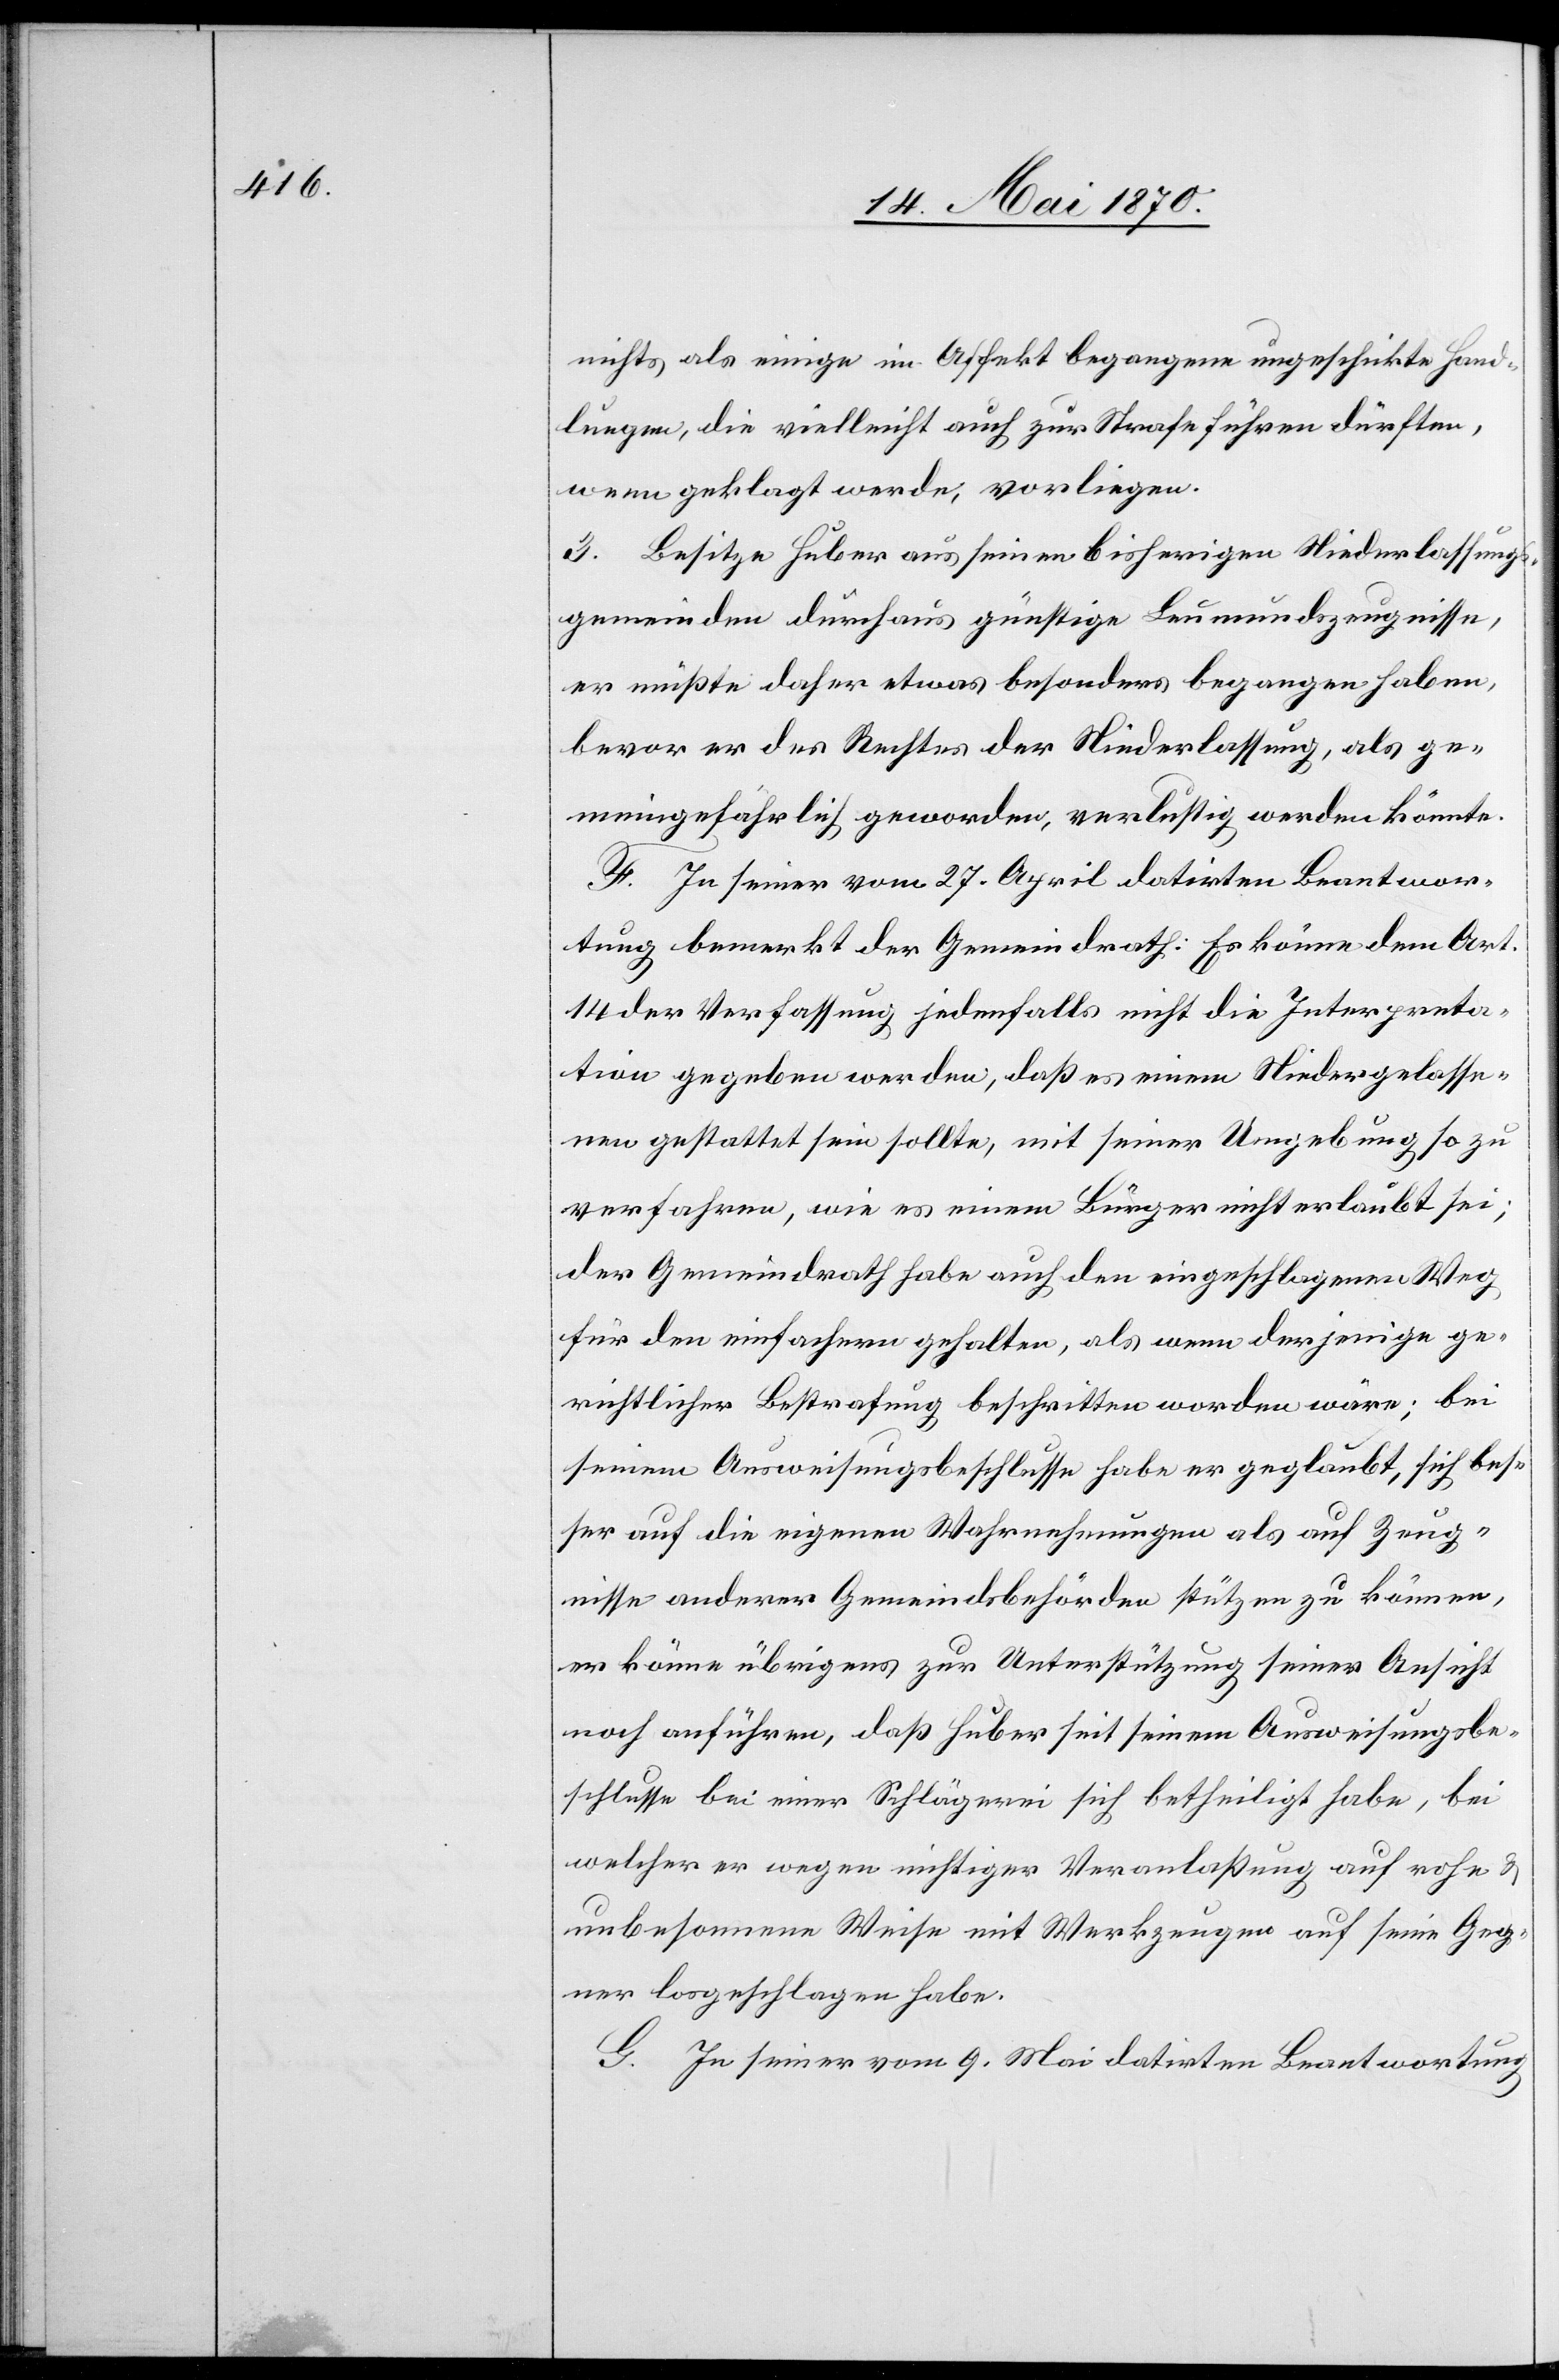
nichts als einige im Affekt begangene ungeschickte Hand¬
lungen, die vielleicht auch zur Strafe führen dürften,
wenn geklagt werde, vorliegen.
3. Besitze Huber aus seinen bisherigen Niederlassungs¬
gemeinden durchaus günstige Leumundszeugnisse,
er müßte daher etwas besonder[e]s begangen haben,
bevor er des Rechtes der Niederlassung, als ge¬
meingefährlich geworden, verlustig werden könnte.
F. In seiner vom 27. April datirten Beantwor¬
tung bemerkt der Gemeindrath: Es könne dem Art.
14 der Verfassung jedenfalls nicht die Interpreta¬
tion gegeben werden, daß es einem Niedergelasse¬
nen gestattet sein sollte, mit seiner Umgebung so zu
verfahren, wie es einem Bürger nicht erlaubt sei;
der Gemeindrath habe auch den eingeschlagenen Weg
für den einfachern gehalten, als wenn derjenige ge¬
richtlicher Bestrafung beschritten worden wäre; bei
seinem Ausweisungsbeschlusse habe er geglaubt, sich bes¬
ser auf die eigenen Wahrnehmungen als auf Zeug¬
nisse anderer Gemeindsbehörden stützen zu können,
er könne übrigens zur Unterstützung seiner Ansicht
noch anführen, daß Huber seit seinem Ausweisungsbe¬
schlusse bei einer Schlägerei sich betheiligt habe, bei
welcher er wegen nichtiger Veranlaßung auf rohe &
unbesonnene Weise mit Werkzeugen auf seine Geg¬
ner losgeschlagen habe.
G. In seiner vom 9. Mai datirten Beantwortung